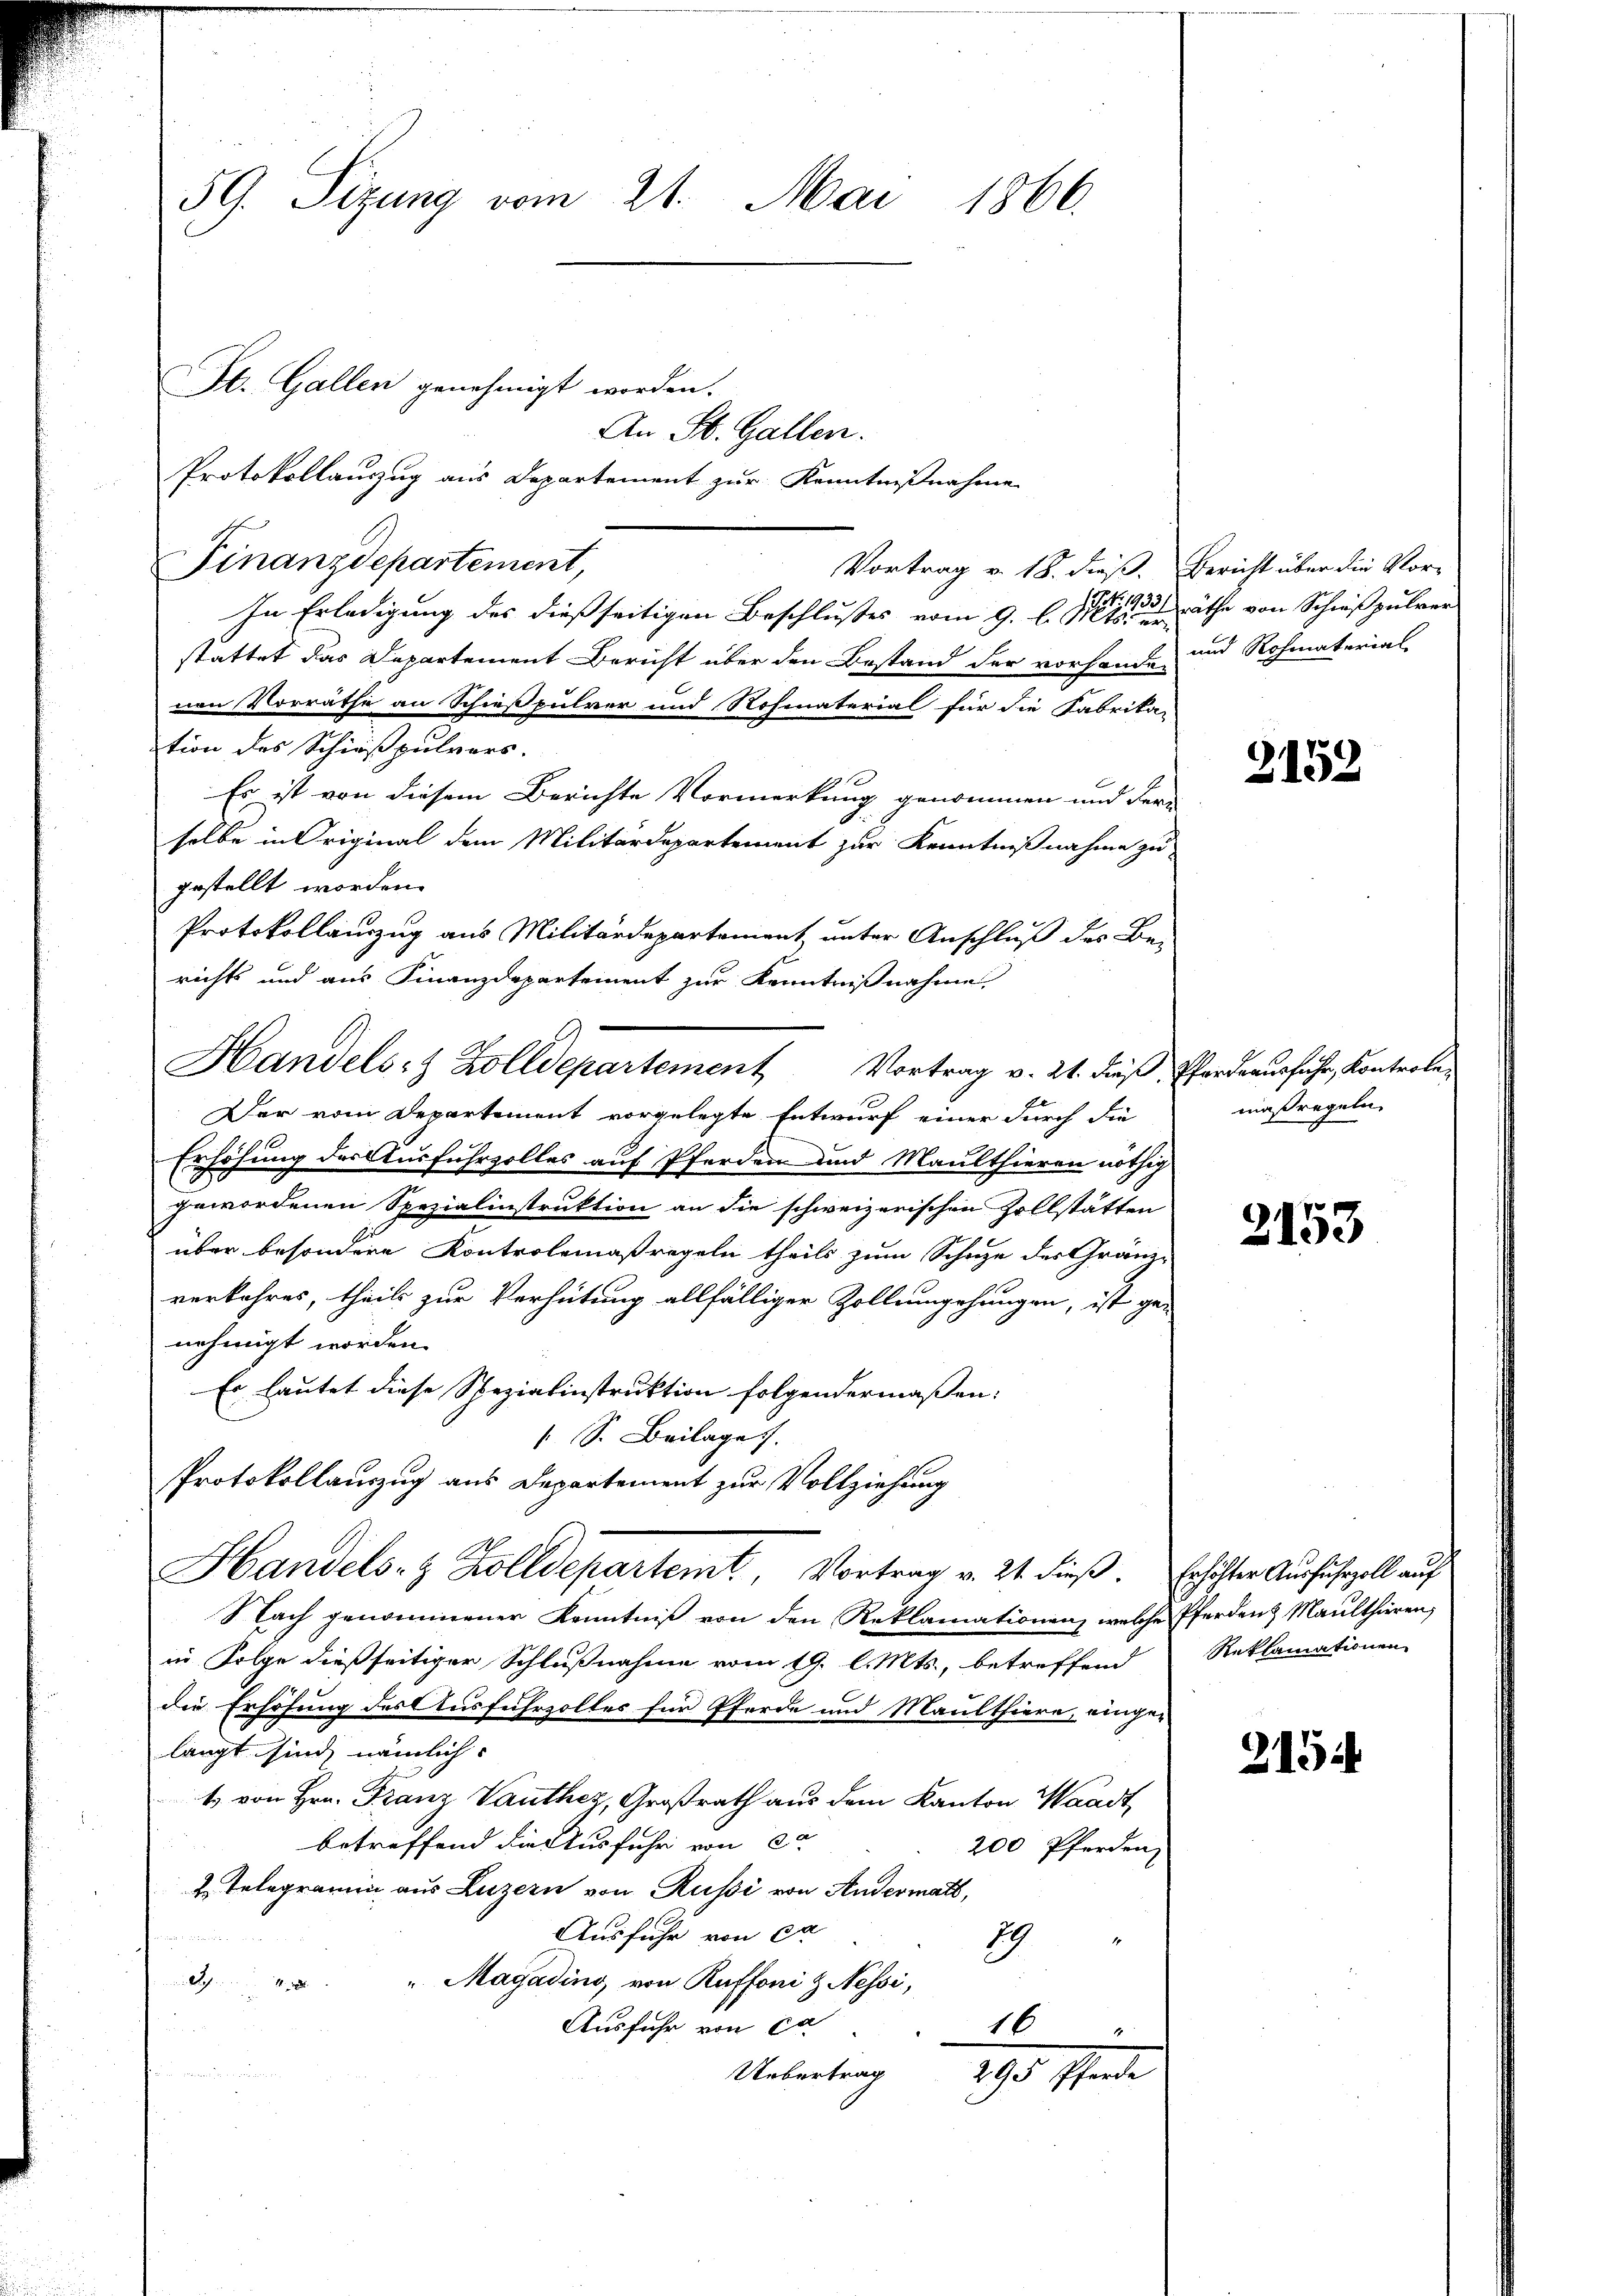
59. Sizung vom 21. Mai 1866.

An St. Gallen.
Protokollauszug aus Departement zur Kenntnißnahme
Vortrag v. 18. dieß. Bericht über die Vor-
In Erledigung des dießseitigen Beschlußes vom 9. d. 11 räthe von Schießpulver
stattet das Departement Bericht über den Bestand der vorhander
nen Vorräthe an Schießpulver und Rohmaterial für die Fabrika-
tion des Schießpulvers.
fx
Es ist von diesem Berichte Vormerkung genommen und der
selbe in Original dem Militärdepartement zur Kenntnißnahme zu
gestellt worden.
Protokollauszug aus Militärdepartement unter Anschluß des Be-
richts und aus Finanzdepartement zur Kenntnißnahme.
Handels- & Zolldepartement Vortrag v. 21. dieß Pferdrausfuhr, Kontrole¬
Der vom Departement vorgelegte Entwurf einer durch die
Erhöhung der Ausfuhrzolles auf Pferden und Maulthieren nöthig
gewordenen Spezialinstruktion an die schweizerischen Zollstätten
über besondere Kontrolemaßregeln theils zum Schutze des Gränz-
verkehres, theils zur Verhütung allfälliger Zollumgehungen, ist ge-
nehmigt worden.
Es lautet diese Spezialinstruktion folgendermaßen:
 S. Beilage.
Protokollauszug aus Departement zur Vollziehung
Handels- & Kolldepartemt, Vortrag v. 21. dieß. Erhöhter Ausfuhrzoll auf
Nach genommener Kenntniß von den Reklamationen, welche Pferden & Maulthieren,
in Folge dießseitiger Schlußnahme vom 19. l. Mts., betreffend
die Erhöhung des Ausfuhrzolles für Pferde und Maulthiere, einge-
langt sind, nämlich.
1. von Hrn. Franz Vauthez, Großrath aus dem Kanton Waadt,
betreffend die Ausfuhr von de
200 Pferden
2. Telegramin aus Luzern von Russi von Andermatt,
Ausfuhr von ca
19
3 " Magading von Ruffoni & Nessi,
Ausfuhr von ca
16
e
.
Uebertrag
295 Pferde

St. Gallen genehmigt worden.

Finanzdepartement,

und Rohmaterial

2152

maßregeln,

2153

Reklamationen

2154